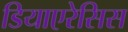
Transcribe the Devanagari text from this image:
डियाएरेसिस